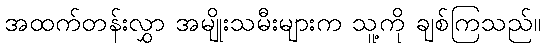
အထက်တန်းလွှာ အမျိုးသမီးများက သူ့ကို ချစ်ကြသည်။